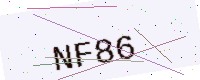
Text: NF86